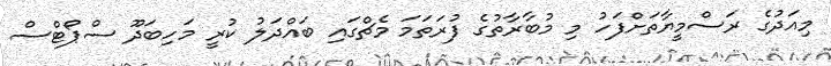
މިއަދުގެ ރަސްމީޔާތަށްފަހު މި މުބާރާތުގެ ފުރަތަމަ މެޗްގައި ބައްދަލު ކުރީ މަހިބަދޫ ސްޕޯޓްސް